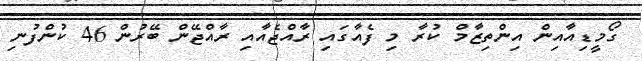
ގޯމީޑިއާއިން އިންތިޒާމް ކުރާ މި ފެއާގައި ރާއްޖެއާއި ރާއްޖޭން ބޭރުން 46 ކުންފުނި